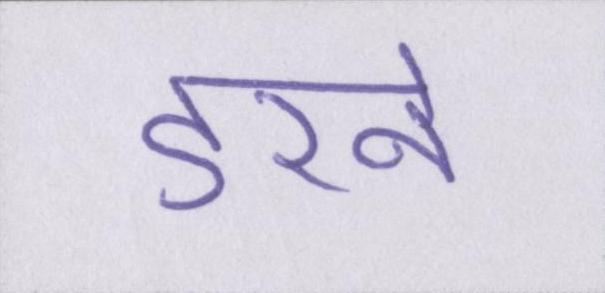
डरने